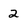
Character: 2